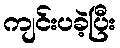
ကျင်းပခဲ့ပြီး